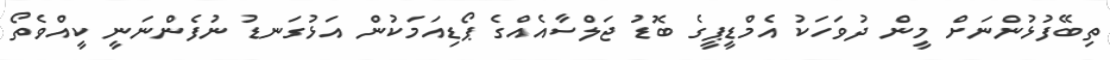
ތިބޭފުޅުންނަށް މީން ދުވަހަކު އެމްޑީޕީގެ ބޮޑު ޖަލްސާއެއްގެ ޕޯޑިއަމަކުން އަޅުގަނޑު ނުފެންނަނީ ކީއްވެތޯ